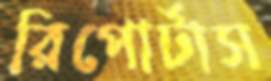
রিপোর্টাস